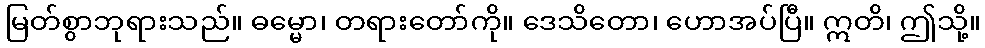
မြတ်စွာဘုရားသည်။ ဓမ္မော၊ တရားတော်ကို။ ဒေသိတော၊ ဟောအပ်ပြီ။ ဣတိ၊ ဤသို့။